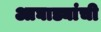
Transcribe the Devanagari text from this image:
आघाड्यांची